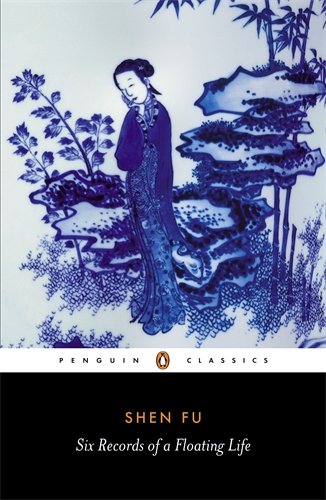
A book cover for Six Records of a Floating Life (Penquin Classics); Shen Fu; Biographies & Memoirs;